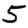
Digit: 5